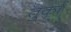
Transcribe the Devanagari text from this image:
तुर्कां